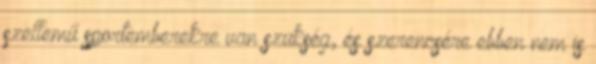
szellemű sportemberekre van szükség, és szerencsére ebben nem is